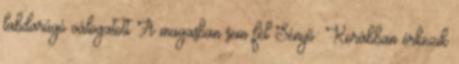
labdarúgó válogatott A magasban sem fél Sényő: Korábban érkezik